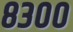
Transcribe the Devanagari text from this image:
८३००